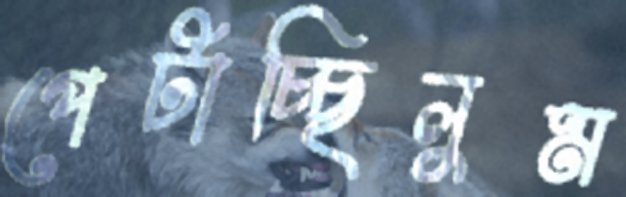
পেটাচ্ছিলুম